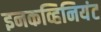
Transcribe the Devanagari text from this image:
इनकव्हिनियंट